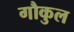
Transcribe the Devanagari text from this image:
गौकुल